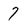
Character: 7